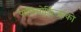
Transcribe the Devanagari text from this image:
पोलिमोर्फ़िज्मको